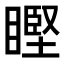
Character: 𥉸